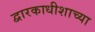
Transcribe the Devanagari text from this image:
द्वारकाधीशाच्या